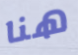
هنا